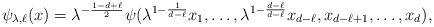
LaTeX: \begin{align*}\psi_{\lambda,\ell} (x)= \lambda^{-\frac{1-d+\ell}{2}} \psi(\lambda^{1-\frac{1}{d-\ell}} x_1, \dots, \lambda^{1-\frac{d-\ell}{d-\ell}} x_{d-\ell},x_{d-\ell+1},\dots,x_d),\end{align*}